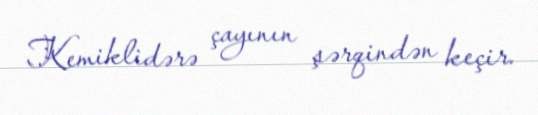
Kemiklidərə çayının şərqindən keçir.